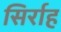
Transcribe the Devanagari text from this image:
सिर्राह